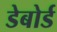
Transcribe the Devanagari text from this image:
डेबोर्ड